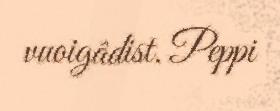
vuoigâdist. Peppi